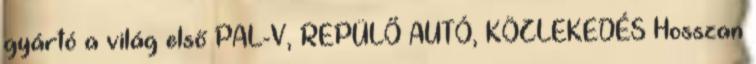
gyártó a világ első PAL-V, REPÜLŐ AUTÓ, KÖZLEKEDÉS Hosszan